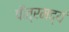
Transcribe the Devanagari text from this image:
पौत्रमद्यं